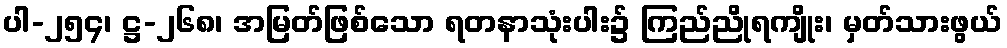
ပါ-၂၅၄၊ ဋ္ဌ-၂၆၈၊ အမြတ်ဖြစ်သော ရတနာသုံးပါး၌ ကြည်ညိုရကျိုး၊ မှတ်သားဖွယ်